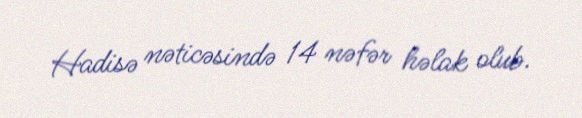
Hadisə nəticəsində 14 nəfər həlak olub.